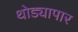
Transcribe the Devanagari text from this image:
थोड्यापार